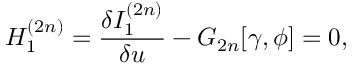
{ \cal H } _ { 1 } ^ { ( 2 n ) } = \frac { \delta I _ { 1 } ^ { ( 2 n ) } } { \delta u } - G _ { 2 n } [ \gamma , \phi ] = 0 ,